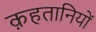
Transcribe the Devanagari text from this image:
क़हतानियों